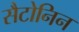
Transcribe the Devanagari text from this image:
सैटोनिन